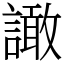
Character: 譀